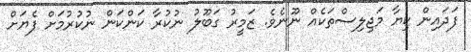
ފަދައިން ކިޔާ މަޖިލިސްތަކެއް ނޫނެވެ. ޒަމީރު ގަބޫލު ނުކުރާ ކަންކަން ނުކުރުމަށް ފެޔަށް